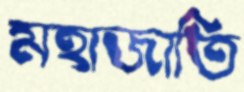
মহাজাতি